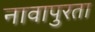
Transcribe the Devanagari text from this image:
नावापुरता